Civil Veterinary Department Bihar reports 1940-50 - 1940-1950
Year: 1940
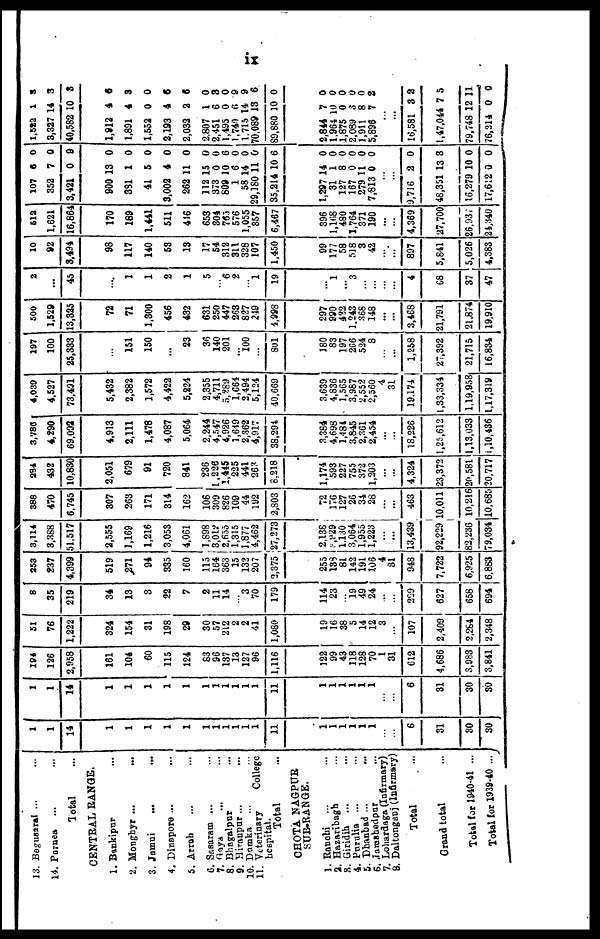
IX
13. Beguanral ... ...
14. Parnea
... ...
Total ...
CENTRAL RANGE.
1. Bankipur ...
2. Mongnyr ... ...
3. Jamui ... ...
4. Dinapore ... ...
5. Arroh ... ...
6. Sasaram... ...
7. Gaya
8. Bhagalpur
9. Hirapur... ....
10. Dumka... ...
11. Veterinary
College hospital.
Total ...
CHOTA NAGPUR
SUB-RANGE.
1.Ranchi
2. Hazaribagh...
3. Giridih
4. Purulia
5. Dhanbad... ...
6 .Tamshedpur ... ...
7. Lohardaga (Infirmary)
8. Daltonganj (Infirmary)
Total
Grand total ...
Total for 1940-41 ...
Total for 1938-40 ...
1
1
14
1
1
1
1
1
1
1
1
1
1
1
11
1
1
1
1
1
1
...
...
6
31
30
30
1
1
14
1
1
1
1
1
1
1
1
1
1
1
11
1
1
1
1
1
1
...
...
6
31
30
30
194
126
2,958
161
104
60
115
124
83
96
137
13
127
96
1,116
122
99
43
118
128
70
1
31
612
4,686
3,033
3,841
51
76
1,222
324
154
31
198
29
30
57
212
2
2
41
1,080
19
16
38
5
14
12
3
...
107
2,409
2,284
2,348
8
35
219
34
13
3
22
7
2
11
14
3
70
179
114
23
... 19
49
24
...
...
229
627
658
694
253
237
4,399
519
271
94
335
160
115
164
363
15
132
207
2,375
255
138
81
142
191
106
4
31
948
7,722
6,925
6,883
3,114
3,388
51,517
2,555
1,169
1,216
3,053
4,061
1,898
3,012
2,655
1,315
1,877
4,462
27,273
2,138
3,929 1.130
3,064
1,955
1,223
...
...
13,439
92,229
82,236
79,034
388
470
6,745
307
263
171
314
162
106
309
826
109
44
192
2,803
72
176
127
26
34
28
...
...
463
10,011
10,216
10,685
284
432
10,830
2,051
679
91
720
841
236
l,22e
1,445
225
441
263
8,218
1,174
593
227
755
372
1,203
...
...
4,324
23,372
20,581
20,717
3,780
4,290
69,092
4,913
2,111
1,478
4,087
5,064
2,244
4,547
4,926
1,649
2,362
4,917
38,294
3,384
4,698
1,481
3,845
2,361
2,454
...
...
18,226
1,25,612
1,13,033
1,10,436
4,039
4,527
73,491
5,432
2,382
1,572
4,422
5,224
2,355
4,711
5,289
1,664
2,494
5,124
40,669
3,639
4,836
1,565
3,987
2,552
2,560
4
31
19.174
1,33,334
1,19,958
1,17,319
197
100
25,333
...
151
150
...
23
36
140
201
100
801
180
83
197
266
524
8
...
...
1,258
27,392
21,715
16,834
500
1,529
13,325
72
71
1,300
456
432
631
250
447
268
827
249
4,998
297
990
422
1.243
368
148
...
...
3,468
21,791
21874
19,910
2
...
45
...
1
1
2
1
5
6
2
1
19
...
1
...
3
...
...
...
...
4
68
37
47
10
92
3,494
98
117
140
53
13
17
54
312
311
328
107
1,450
99
177
58
518
3
42
...
...
897
5,841
5,026
4,383
612
1,621
16,864
170
189
1,441
511
416
653
304
763
576
1,055
357
6,467
396
1,168
480
1,764
371
190
...
...
4,369
27,700
26,93,-
24,340
107
352
3,421
900
331
41
3,002
262
112 112
373
809
1
58
29,180
35,214
1,297
31
127
167
279
7,813
...
...
9,716
48,351
16,279
17,612
6
7
0
13
1
5
4
11
15 15
0
10
6
14
11
10
14
1
8
0
11
0
2
13
10
0
0
0
9
0
0
0
0
0
0 0
0
6
0
0
0
6
0
0
0
0
0
0
0
3
0
0
1,522
3,327
40,582
1,912
1,891
1,552
2,193
2,032
2.807 2.807
2,451
1,495
1,740
1.715
70,089
89,880
2,844
1.964 1
1,875
2,089
1,911
5,896
..
..
16,581
1,47,04
79,748
76,214
1
14
10
4
4
0
4
2
1 1
6
0
6
14
13
10
7
0
0
3
8
7
.
.
3
4 7
12
0
3
3
3
6
3
0
6
6
0 0
3
0
9
9
6
0
0
0
0
0
0
2
2
5
11
0